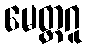
မေတ္တဂူ